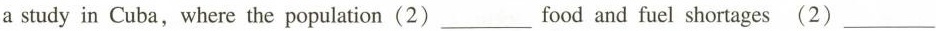
a study in Cuba, where the population(2) ___ food and fuel shortages (2)___